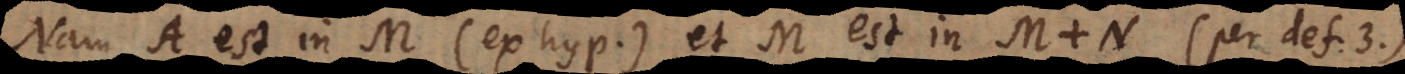
Nam A est in M (ex hyp.) et M est in M + N (per def. 3).